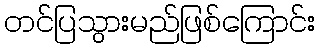
တင်ပြသွားမည်ဖြစ်ကြောင်း